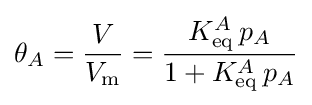
\theta _{A}={\frac {V}{V_{\text{m}}}}={\frac {K_{\text{eq}}^{A}\,p_{A}}{1+K_{\text{eq}}^{A}\,p_{A}}}